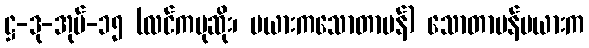
ဋ္ဌ-ဒု-အုပ်-၁၅ (လင်ကမုဆိုး၊ မယားကသောတာပန်) သောတာပန်မယားက